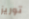
توريز